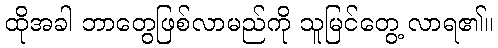
ထိုအခါ ဘာတွေဖြစ်လာမည်ကို သူမြင်တွေ့ လာရ၏။